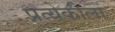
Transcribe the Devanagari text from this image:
प्रत्येकीला